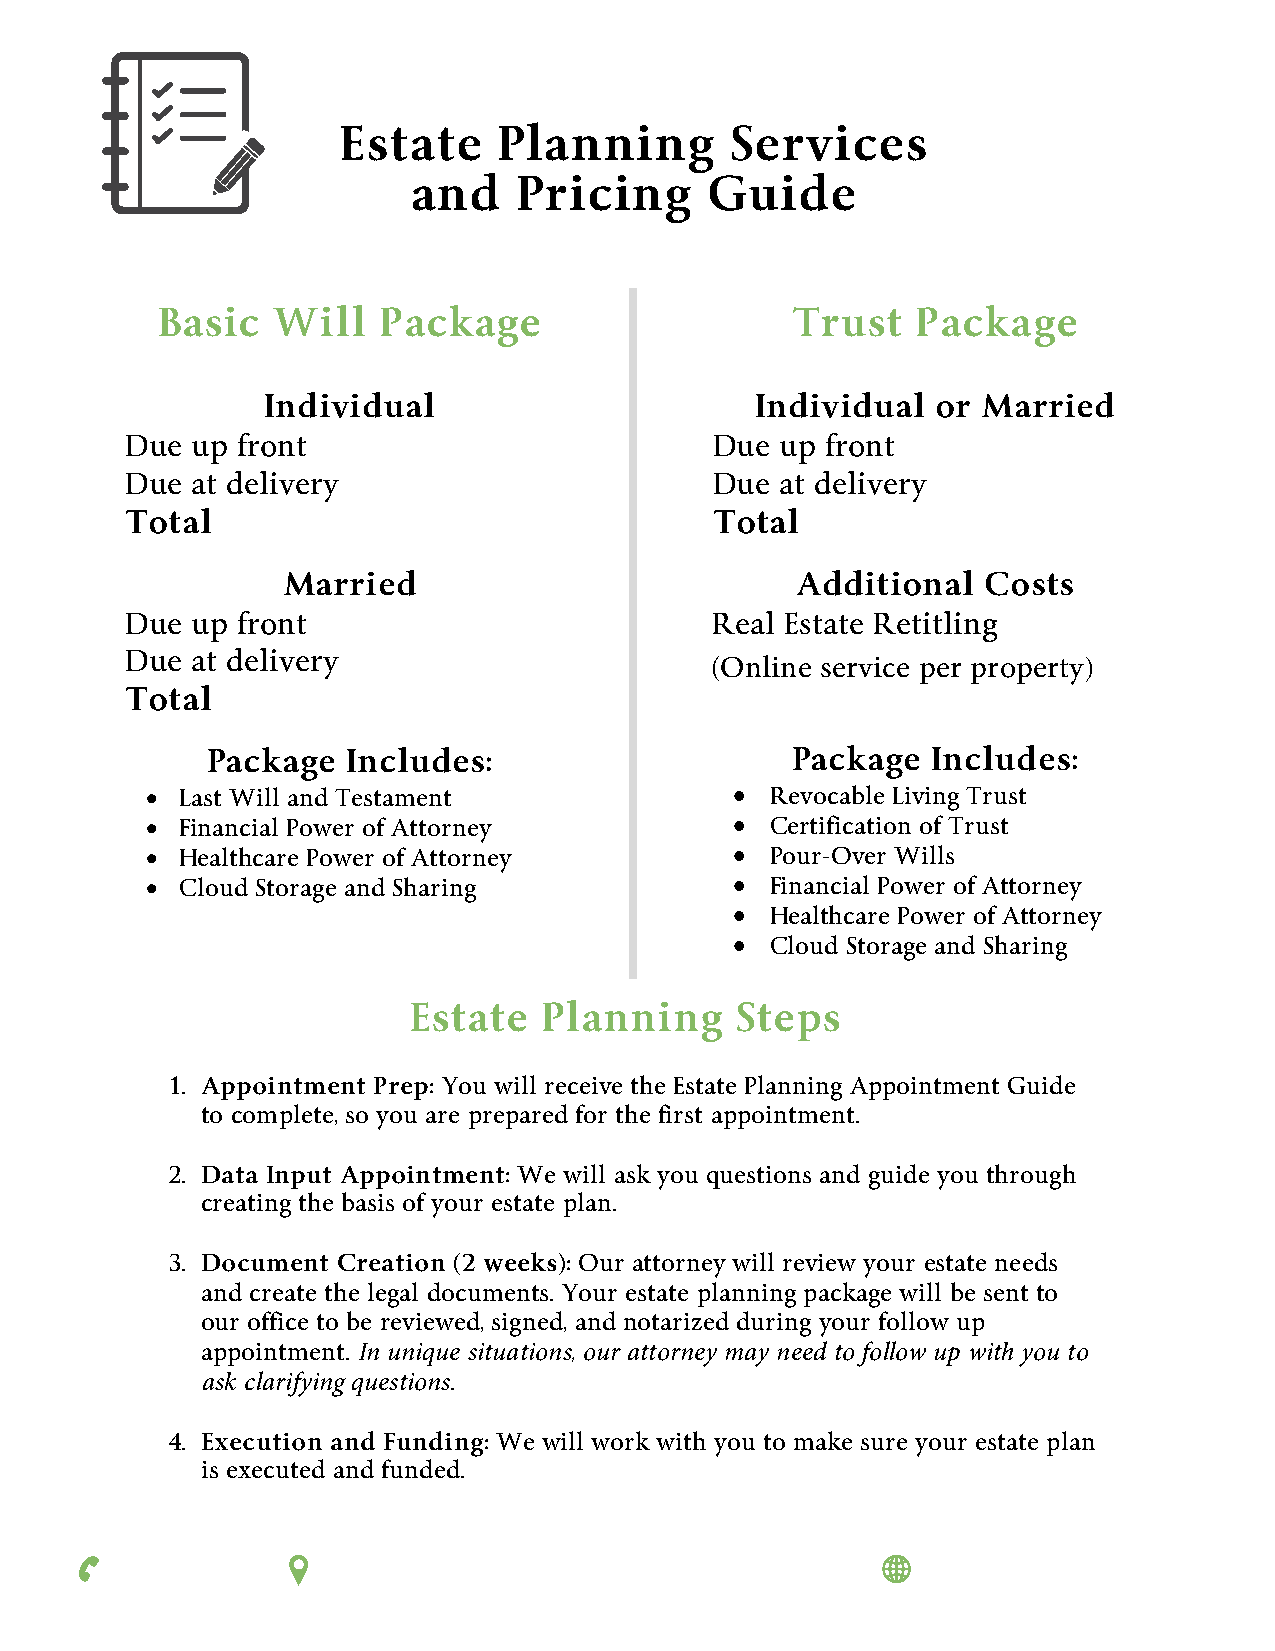
Estate     Planning       Services
 and    Pricing      Guide
 Basic   Will   Package                    Trust    Package
 Individual                      Individual  or Married
 Due  up front                          Due  up front
 Due  at delivery                       Due  at delivery
 Total                                  Total
 Married                           Additional  Costs
 Due  up front                          Real Estate Retitling
 Due  at delivery
 (Online service per property)
 Total
 Package  Includes:                    Package   Includes:
 • Last Will and Testament              • Revocable Living Trust
 • Financial Power of Attorney          • Certification of Trust
 • Healthcare Power of Attorney         • Pour-Over Wills
 • Cloud Storage and Sharing            • Financial Power of Attorney
 • Healthcare Power of Attorney
 • Cloud Storage and Sharing
 Estate   Planning     Steps
 1. Appointment Prep: You will receive the Estate Planning Appointment Guide
 to complete, so you are prepared for the first appointment.
 2. Data Input Appointment: We will ask you questions and guide you through
 creating the basis of your estate plan.
 3. Document Creation (2 weeks): Our attorney will review your estate needs
 and create the legal documents. Your estate planning package will be sent to
 our office to be reviewed, signed, and notarized during your follow up
 appointment. In unique situations, our attorney may need to follow up with you to
 ask clarifying questions.
 4. Execution and Funding: We will work with you to make sure your estate plan
 is executed and funded.